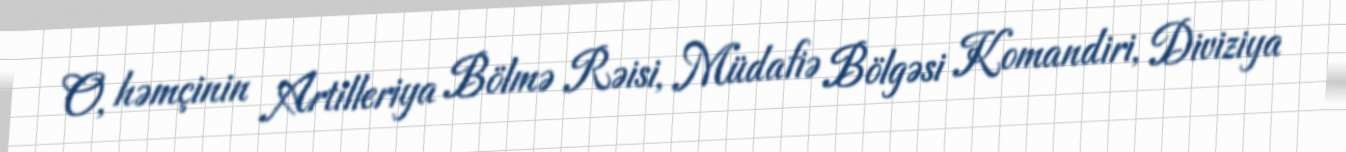
O, həmçinin Artilleriya Bölmə Rəisi, Müdafiə Bölgəsi Komandiri, Diviziya